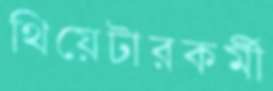
থিয়েটারকর্মী